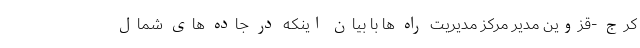
کرج -قزوین مدیر مرکز مدیریت راه ها با بیان اینکه در جاده های شمال